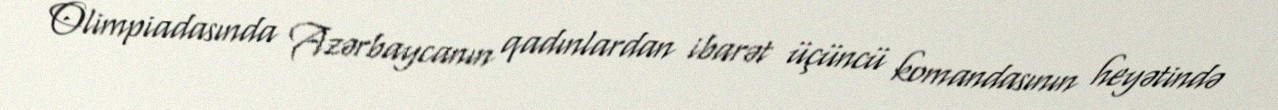
Olimpiadasında Azərbaycanın qadınlardan ibarət üçüncü komandasının heyətində